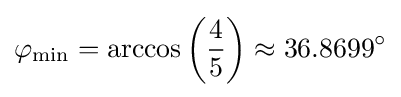
\varphi _{\text{min}}=\arccos \left({\frac {4}{5}}\right)\approx 36.8699^{\circ }